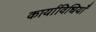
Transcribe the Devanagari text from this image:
कार्याविधियाँ